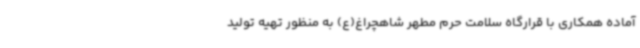
آماده همکاری با قرارگاه سلامت حرم مطهر شاهچراغ(ع) به منظور تهیه تولید